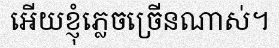
អើយខ្ញុំភ្លេចច្រើនណាស់។